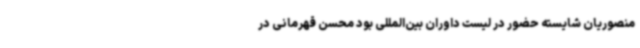
منصوریان شایسته حضور در لیست داوران بین‌المللی بود محسن قهرمانی در